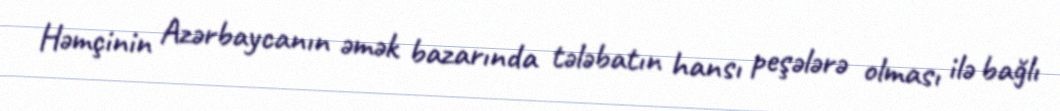
Həmçinin Azərbaycanın əmək bazarında tələbatın hansı peşələrə olması ilə bağlı